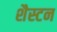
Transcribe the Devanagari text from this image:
शैस्टन